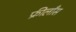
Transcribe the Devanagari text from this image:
फ्रीलाँस